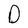
Character: D